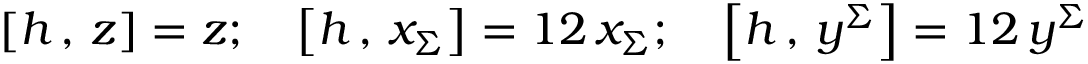
\left[ h \, , \, z \right] = z ; \quad \left[ h \, , \, x _ { \Sigma } \right] = { \o { 1 } { 2 } } \, x _ { \Sigma } ; \quad \left[ h \, , \, y ^ { \Sigma } \right] = { \o { 1 } { 2 } } \, y ^ { \Sigma }